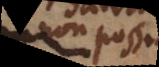
non possit.